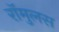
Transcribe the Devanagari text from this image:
रॉमुलस